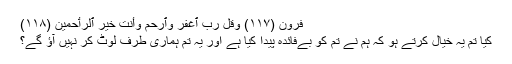
ٰفِرُونَ (١١٧) وَقُل رَّبِّ ٱغۡفِرۡ وَٱرۡحَمۡ وَأَنتَ خَيۡرُ ٱلرَّٲحِمِينَ (١١٨)
کیا تم یہ خیال کرتے ہو کہ ہم نے تم کو بےفائدہ پیدا کیا ہے اور یہ تم ہماری طرف لوٹ کر نہیں آؤ گے؟